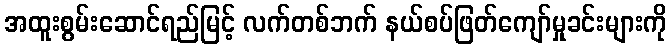
အထူးစွမ်းဆောင်ရည်မြင့် လက်တစ်ဘက် နယ်စပ်ဖြတ်ကျော်မှုခင်းများကို